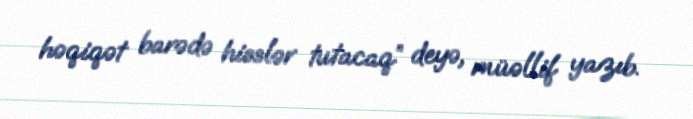
həqiqət barədə hisslər tutacaq” deyə, müəllif yazıb.